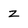
Character: z